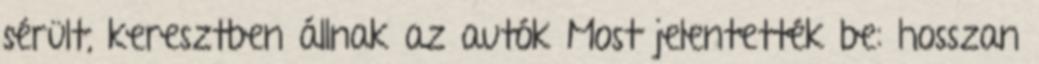
sérült, keresztben állnak az autók Most jelentették be: hosszan